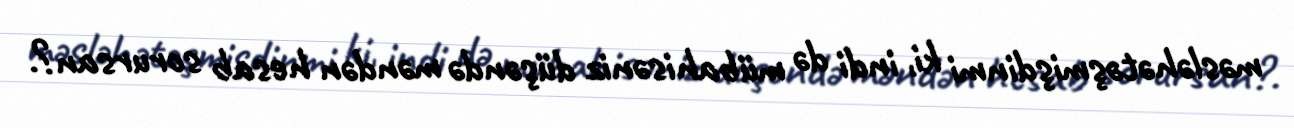
məsləhətəşmişdinmi ki, indi də mübahisəniz düşəndə məndən hesab sorursan?.